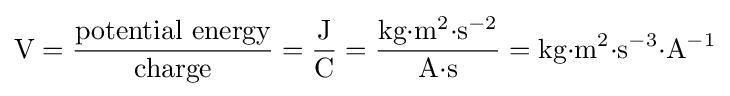
{\text{V}}={\frac {\text{potential energy}}{\text{charge}}}={\frac {\text{J}}{\text{C}}}={\frac {{\text{kg}}{\cdot }{\text{m}}^{2}{\cdot }{\text{s}}^{-2}}{{\text{A}}{\cdot }{\text{s}}}}={\text{kg}}{\cdot }{\text{m}}^{2}{\cdot }{\text{s}}^{-3}{\cdot }{{\text{A}}^{-1}}